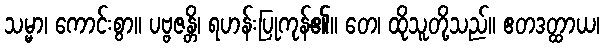
သမ္မာ၊ ကောင်းစွာ။ ပဗ္ဗဇန္တိ၊ ရဟန်းပြုကုန်၏။ တေ၊ ထိုသူတို့သည်။ ဧတဒတ္ထာယ၊